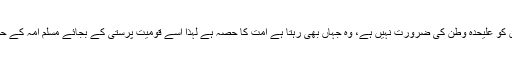
ان کا خیال تھا کہ مسلمان کو علیحدہ وطن کی ضرورت نہیں ہے، وہ جہاں بھی رہتا ہے امت کا حصہ ہے لہٰذا اسے قومیت پرستی کے بجائے مسلم امہ کے حوالے سے سوچنا چاہیے۔